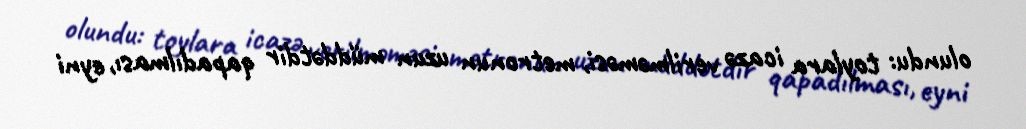
olundu: toylara icazə verilməməsi, metronun uzun müddətdir qapadılması, eyni